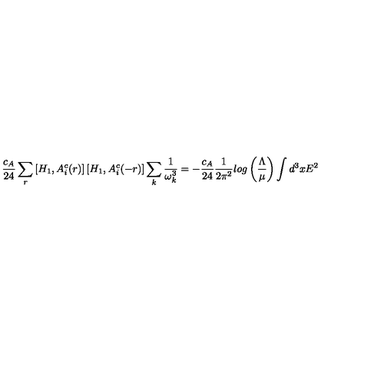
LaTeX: { \frac { c _ { A } } { 2 4 } } \sum _ { r } \left[ H _ { 1 } , A _ { i } ^ { c } ( r ) \right] \left[ H _ { 1 } , A _ { i } ^ { c } ( - r ) \right] \sum _ { k } { \frac { 1 } { \omega _ { k } ^ { 3 } } } = - { \frac { c _ { A } } { 2 4 } } { \frac { 1 } { 2 \pi ^ { 2 } } } l o g \left( { \frac { \Lambda } { \mu } } \right) \int d ^ { 3 } x E ^ { 2 }